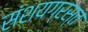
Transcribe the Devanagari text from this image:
संशयग्रस्त